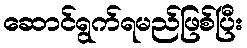
ဆောင်ရွက်ရမည်ဖြစ်ပြီး